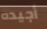
أجيده